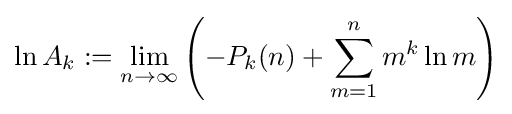
\ln A_{k}:=\lim _{n\rightarrow \infty }\left(-P_{k}(n)+\sum _{m=1}^{n}{m^{k}}\ln m\right)